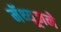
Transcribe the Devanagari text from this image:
मॅथ्यूजने